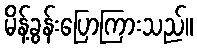
မိန့်ခွန်းပြောကြားသည်။